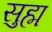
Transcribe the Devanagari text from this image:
सुह्म